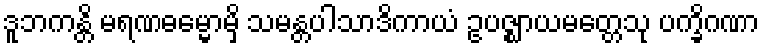
ဒူဘကန္တိ မရဏဓမ္မောမှိ သမန္တပါသာဒိကာယံ ဥပဇ္ဈာယမတ္တေသု ပက္ခိဂဏာ